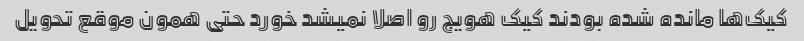
کیک‌ها مانده شده بودند کیک هویج رو اصلا نمیشد خورد حتی همون موقع تحویل